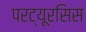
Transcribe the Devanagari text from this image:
परट्यूरसिस